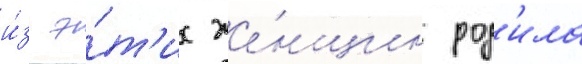
и́з э́т'их же́нщин род'ила